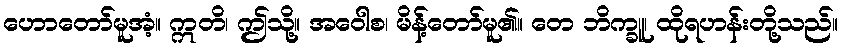
ဟောတော်မူအံ့။ ဣတိ၊ ဤသို့။ အဝေါစ၊ မိန့်တော်မူ၏။ တေ ဘိက္ခူ၊ ထိုရဟန်းတို့သည်။